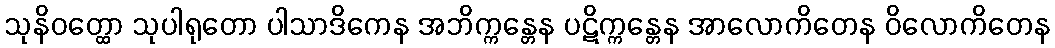
သုနိဝတ္ထော သုပါရုတော ပါသာဒိကေန အဘိက္ကန္တေန ပဋိက္ကန္တေန အာလောကိတေန ဝိလောကိတေန